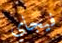
فيجاي